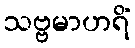
သဗ္ဗမာဟရိံ